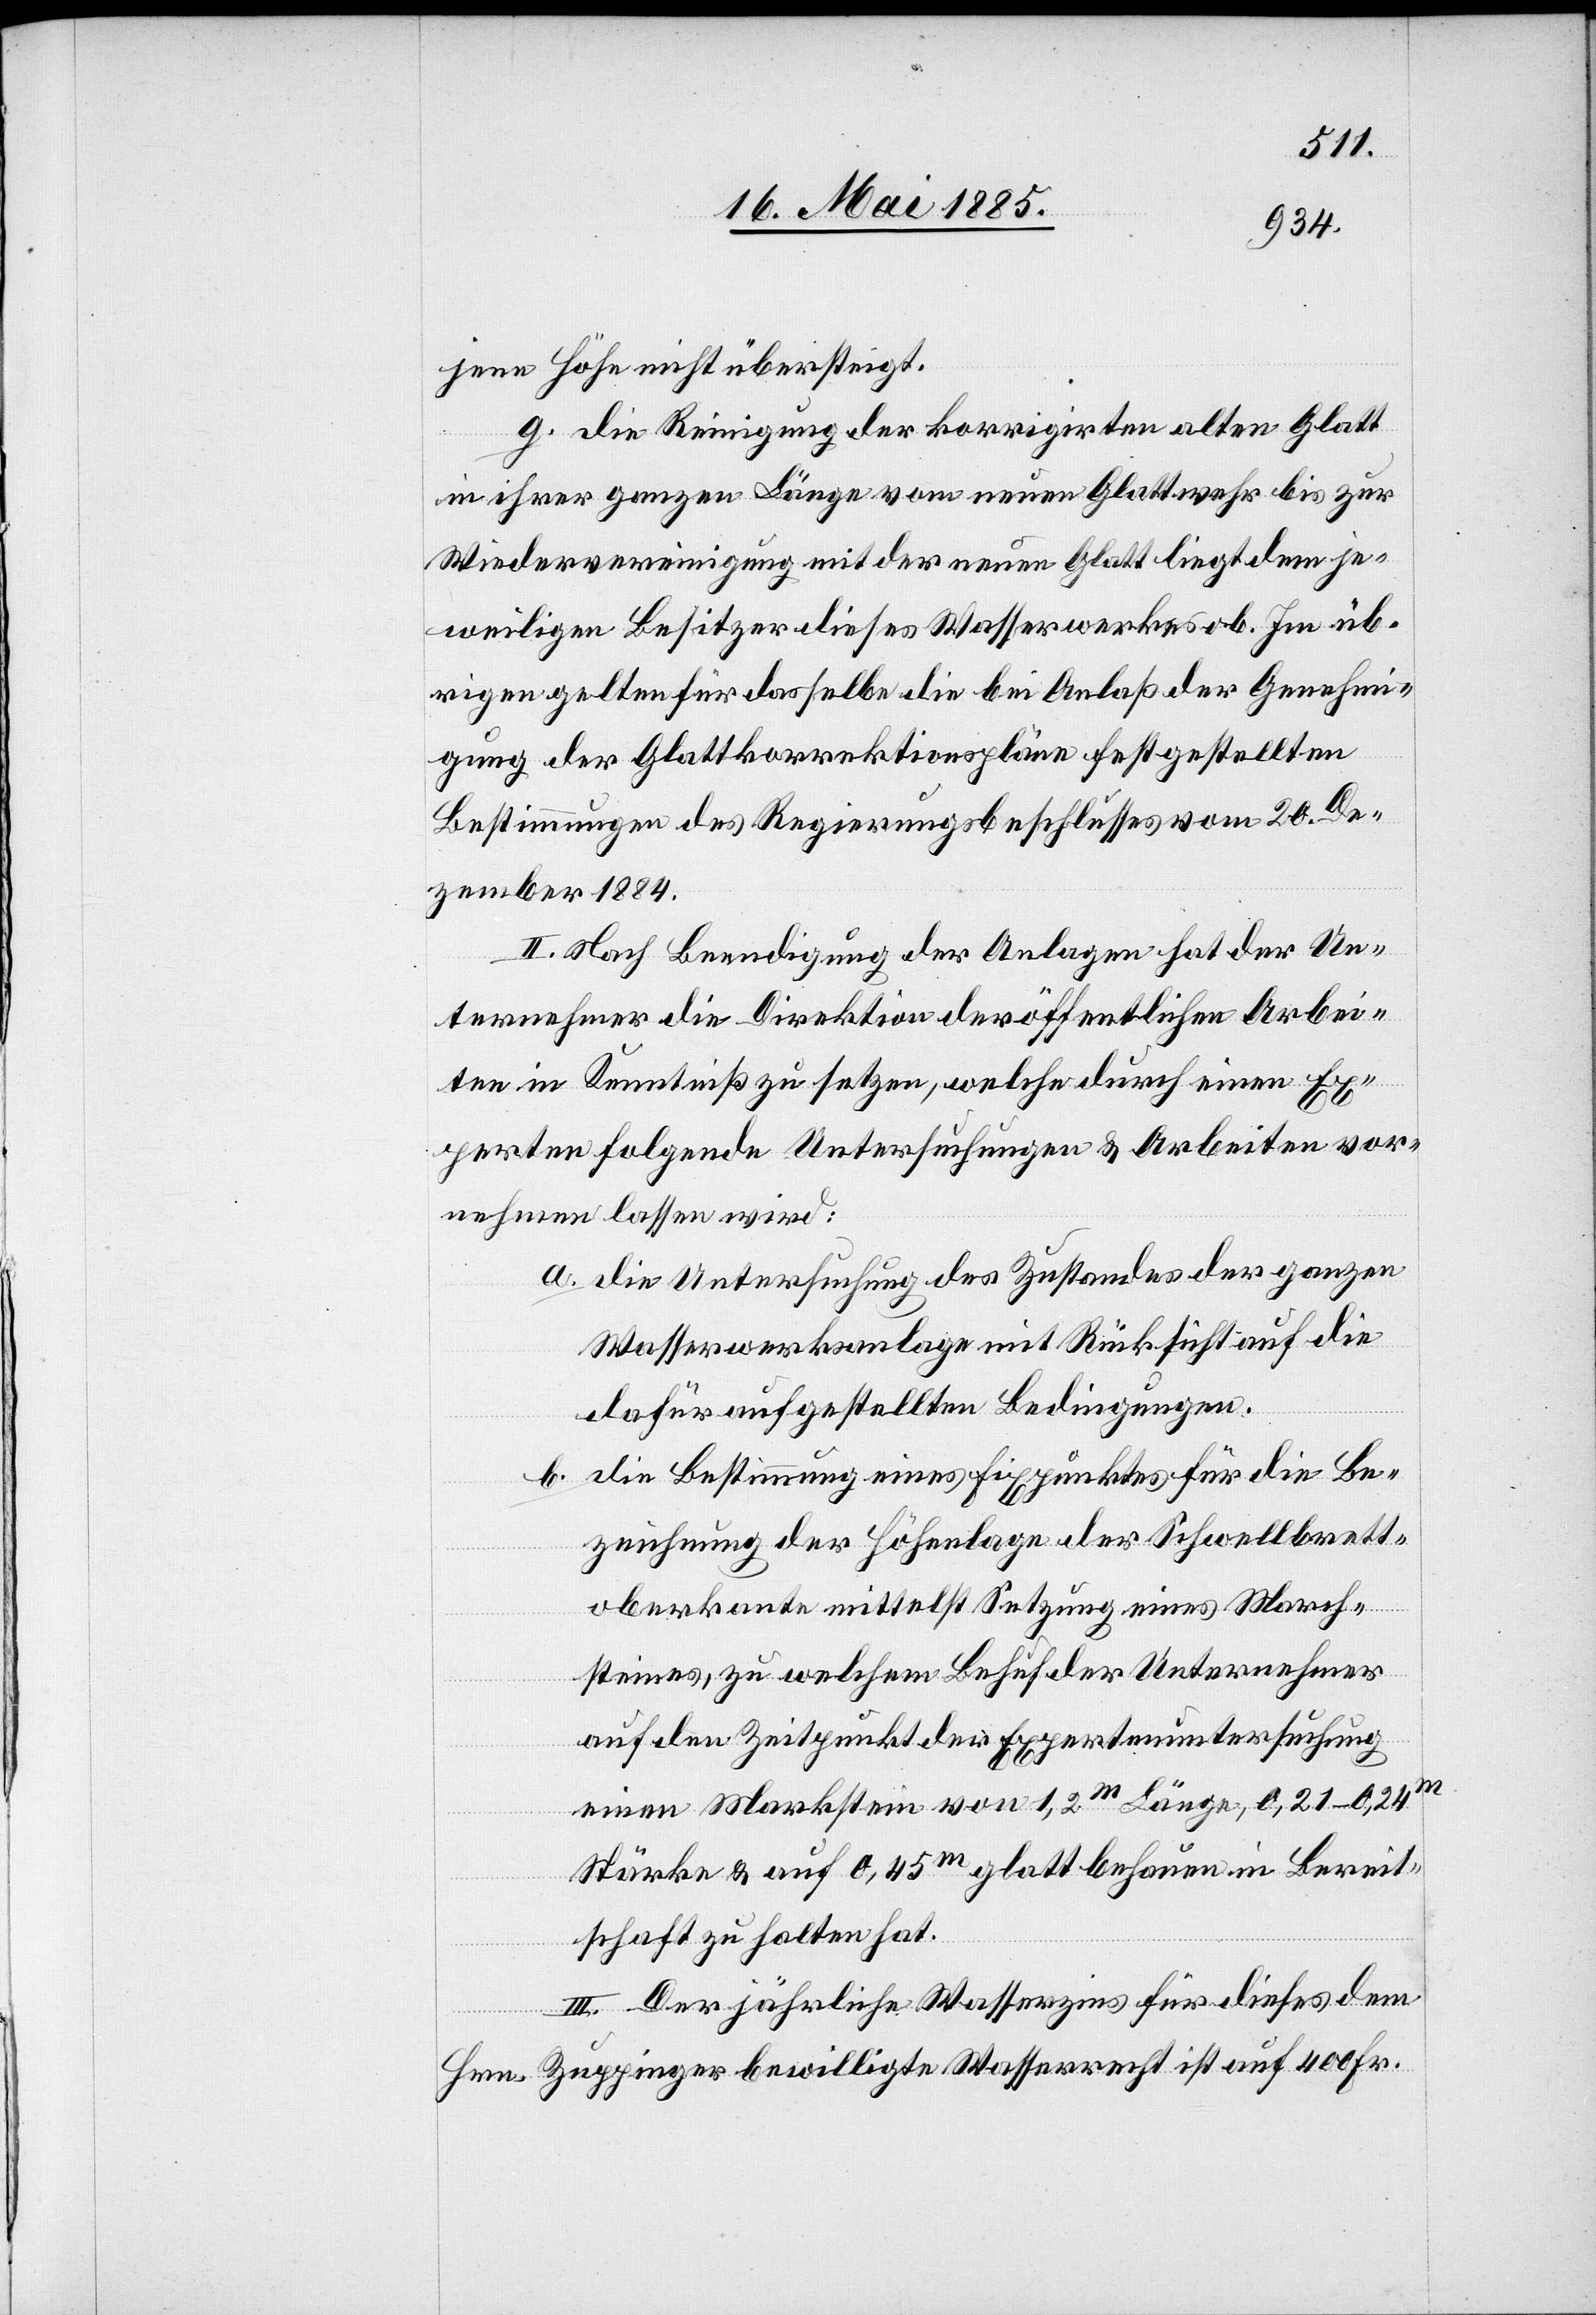
jene Höhe nicht übersteigt.
g. Die Reinigung der korrigirten alten Glatt
in ihrer ganzen Länge vom neuen Glattwehr bis zur
Wiedervereinigung mit der neuen Glatt liegt dem je¬
weiligen Besitzer dieses Wasserwerkes ob. Im üb¬
rigen gelten für dasselbe die bei Anlaß der Genehmi¬
gung der Glattkorrektionspläne festgestellten
Bestimmungen des Regierungsbeschlusses vom 20. De¬
zember 1884.
II. Nach Beendigung der Anlagen hat der Un¬
ternehmer die Direktion der öffentlichen Arbei¬
ten in Kenntniß zu setzen, welche durch einen Ex¬
perten folgende Untersuchungen & Arbeiten vor¬
nehmen lassen wird:
a. die Untersuchung des Zustandes der ganzen
Wasserwerksanlage mit Rücksicht auf die
dafür aufgestellten Bedingungen.
b. die Bestimmung eines Fixpunktes für die Be¬
zeichnung der Höhenlage der Schwellbrett¬
oberkante mittelst Setzung eines March¬
steines, zu welchem Behuf der Unternehmer
auf den Zeitpunkt der Expertenuntersuchung
einen Markstein von 1,2 m Länge, 0,21–0,24 m
Stärke & auf 0,45 m glatt behauen in Bereit¬
schaft zu halten hat.
III. Der jährliche Wasserzins für dieses dem
Hrn. Zuppinger bewilligte Wasserrecht ist auf 400 Fr.